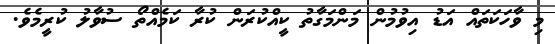
މި ވާހަކަތައް އަޑު އިވުމުން މަންމަގާތު ކީއްކުރަން ކުރާ ކަމެއްތޯ ސުވާލު ކުރީމެވެ.